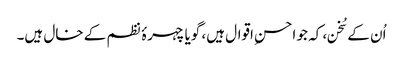
اُن کے سُخن، کہ جو احسنِ اقوال ہیں، گویا چہرۂ نظم کے خال ہیں۔